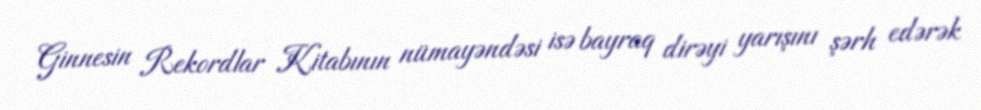
Ginnesin Rekordlar Kitabının nümayəndəsi isə bayraq dirəyi yarışını şərh edərək